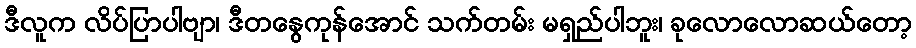
ဒီလူက လိပ်ပြာပါဗျာ၊ ဒီတနွေကုန်အောင် သက်တမ်း မရှည်ပါဘူး၊ ခုလောလောဆယ်တော့